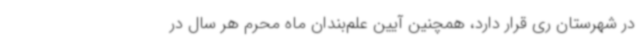
در شهرستان ری قرار دارد، همچنین آیین علم‌بندان ماه محرم هر سال در